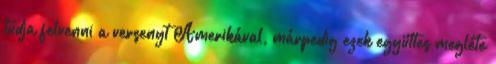
tudja felvenni a versenyt Amerikával, márpedig ezek együttes megléte